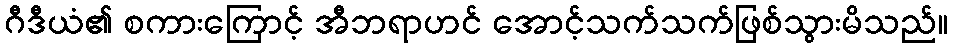
ဂီဒီယံ၏ စကားကြောင့် အီဘရာဟင် အောင့်သက်သက်ဖြစ်သွားမိသည်။